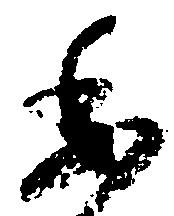
委